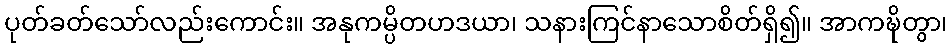
ပုတ်ခတ်သော်လည်းကောင်း။ အနုကမ္ပိတဟဒယာ၊ သနားကြင်နာသောစိတ်ရှိ၍။ အာကဍ္ဎိတွာ၊